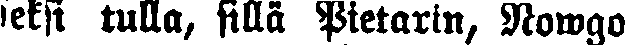
seksi tulla, sillä Pietarin, Nowgo